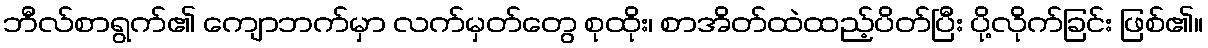
ဘီလ်စာရွက်၏ ကျောဘက်မှာ လက်မှတ်တွေ စုထိုး၊ စာအိတ်ထဲထည့်ပိတ်ပြီး ပို့လိုက်ခြင်း ဖြစ်၏။